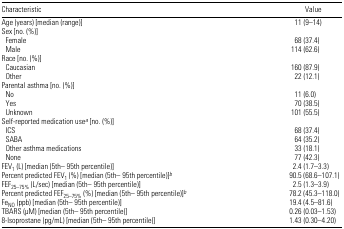
<table><thead><tr><td><b>Characteristic</b></td><td><b>Value</b></td></tr></thead><tbody><tr><td>Age (years) [median (range)]</td><td>11 (9–14)</td></tr><tr><td colspan="2">Sex [no. (%)]</td></tr><tr><td> Female</td><td>68 (37.4)</td></tr><tr><td> Male</td><td>114 (62.6)</td></tr><tr><td colspan="2">Race [no. (%)]</td></tr><tr><td> Caucasian</td><td>160 (87.9)</td></tr><tr><td> Other</td><td>22 (12.1)</td></tr><tr><td colspan="2">Parental asthma [no. (%)]</td></tr><tr><td> No</td><td>11 (6.0)</td></tr><tr><td> Yes</td><td>70 (38.5)</td></tr><tr><td> Unknown</td><td>101 (55.5)</td></tr><tr><td colspan="2">Self-reported medication usea [no. (%)]</td></tr><tr><td> ICS</td><td>68 (37.4)</td></tr><tr><td> SABA</td><td>64 (35.2)</td></tr><tr><td> Other asthma medications</td><td>33 (18.1)</td></tr><tr><td> None</td><td>77 (42.3)</td></tr><tr><td>FEV<sub>1</sub> (L) [median (5th– 95th percentile)]</td><td>2.4 (1.7–3.3)</td></tr><tr><td>Percent predicted FEV<sub>1</sub> (%) [median (5th– 95th percentile)]b</td><td>90.5 (68.6–107.1)</td></tr><tr><td>FEF<sub>25–75%</sub> (L/sec) [median (5th– 95th percentile)]</td><td>2.5 (1.3–3.9)</td></tr><tr><td>Percent predicted FEF<sub>25–75%</sub> (%) [median (5th– 95th percentile)]b</td><td>78.2 (45.3–118.0)</td></tr><tr><td>Fe<sub>NO</sub> (ppb) [median (5th– 95th percentile)]</td><td>19.4 (4.5–81.6)</td></tr><tr><td>TBARS (μM) [median (5th– 95th percentile)]</td><td>0.26 (0.03–1.53)</td></tr><tr><td>8-Isoprostane (pg/mL) [median (5th– 95th percentile)]</td><td>1.43 (0.30–4.20)</td></tr></tbody></table>